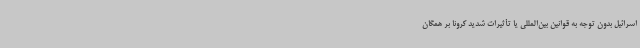
اسرائیل بدون توجه به قوانین بین‌المللی یا تأثیرات شدید کرونا بر همگان